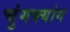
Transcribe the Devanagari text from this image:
चुंगक्यांग